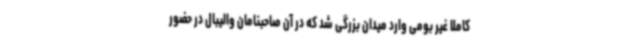
کاملا غیر بومی وارد میدان بزرگی شد که در آن صاحبنامان والیبال در حضور